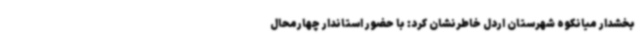
بخشدار میانکوه شهرستان اردل خاطرنشان کرد: با حضور استاندار چهارمحال